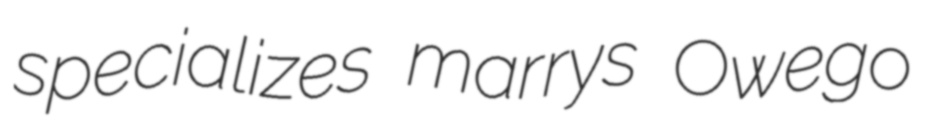
specializes marrys Owego